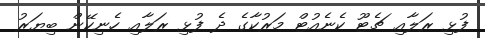
ފުޅި ރަލާއި ޗެޓޫ ކެނެއުޓް މަރުކާގެ ދެ ފުޅި ރަލާއި ހެނިކޭން ބިޔަރު